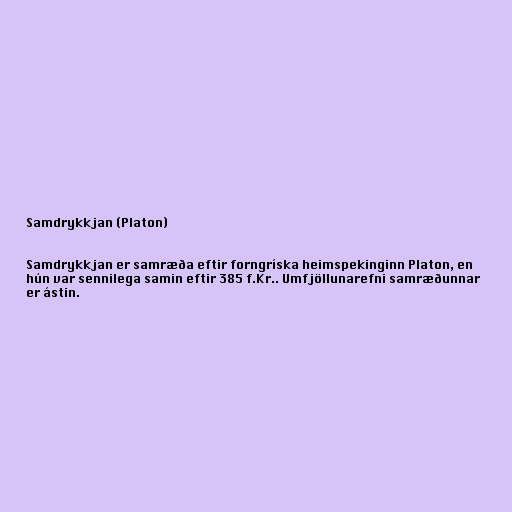
Samdrykkjan (Platon)

Samdrykkjan er samræða eftir forngríska heimspekinginn Platon, en
hún var sennilega samin eftir 385 f.Kr.. Umfjöllunarefni samræðunnar
er ástin.